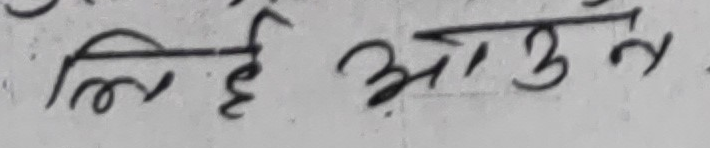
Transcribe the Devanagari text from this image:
लिए आउन